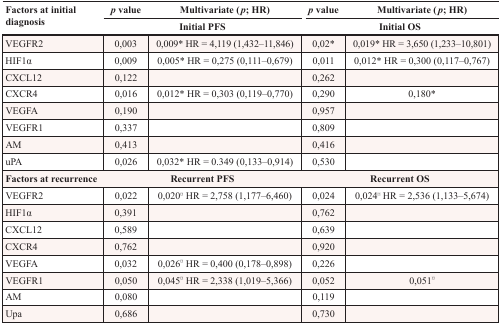
<table><thead><tr><td><b>Factors at initial diagnosis</b></td><td><b><i>p</i> value</b></td><td><b>Multivariate (<i>p</i>; HR)</b></td><td><b><i>p</i> value</b></td><td><b>Multivariate (<i>p</i>; HR)</b></td></tr><tr><td></td><td colspan="2"><b>Initial PFS</b></td><td colspan="2"><b>Initial OS</b></td></tr></thead><tbody><tr><td>VEGFR2</td><td>0,003</td><td>0,009* HR = 4,119 (1,432–11,846)</td><td>0,02*</td><td>0,019* HR = 3,650 (1,233–10,801)</td></tr><tr><td>HIF1α</td><td>0,009</td><td>0,005* HR = 0,275 (0,111–0,679)</td><td>0,011</td><td>0,012* HR = 0,300 (0,117–0,767)</td></tr><tr><td>CXCL12</td><td>0,122</td><td></td><td>0,262</td><td></td></tr><tr><td>CXCR4</td><td>0,016</td><td>0,012* HR = 0,303 (0,119–0,770)</td><td>0,290</td><td>0,180*</td></tr><tr><td>VEGFA</td><td>0,190</td><td></td><td>0,957</td><td></td></tr><tr><td>VEGFR1</td><td>0,337</td><td></td><td>0,809</td><td></td></tr><tr><td>AM</td><td>0,413</td><td></td><td>0,416</td><td></td></tr><tr><td>uPA</td><td>0,026</td><td>0,032* HR = 0.349 (0,133–0,914)</td><td>0,530</td><td></td></tr><tr><td colspan="2"><b>Factors at recurrence</b></td><td colspan="2"><b>Recurrent PFS</b></td><td><b>Recurrent OS</b></td></tr><tr><td>VEGFR2</td><td>0,022</td><td>0,020<sup>¤</sup> HR = 2,758 (1,177–6,460)</td><td>0,024</td><td>0,024<sup>¤</sup> HR = 2,536 (1,133–5,674)</td></tr><tr><td>HIF1α</td><td>0,391</td><td></td><td>0,762</td><td></td></tr><tr><td>CXCL12</td><td>0,589</td><td></td><td>0,639</td><td></td></tr><tr><td>CXCR4</td><td>0,762</td><td></td><td>0,920</td><td></td></tr><tr><td>VEGFA</td><td>0,032</td><td>0,026<sup>¤</sup> HR = 0,400 (0,178–0,898)</td><td>0,226</td><td></td></tr><tr><td>VEGFR1</td><td>0,050</td><td>0,045<sup>¤</sup> HR = 2,338 (1,019–5,366)</td><td>0,052</td><td>0,051<sup>¤</sup></td></tr><tr><td>AM</td><td>0,080</td><td></td><td>0,119</td><td></td></tr><tr><td>Upa</td><td>0,686</td><td></td><td>0,730</td><td></td></tr></tbody></table>